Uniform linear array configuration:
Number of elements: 48
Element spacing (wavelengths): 0.5
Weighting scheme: uniform
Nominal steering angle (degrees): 60
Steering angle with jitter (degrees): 58.232
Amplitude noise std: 0.05
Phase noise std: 0.05

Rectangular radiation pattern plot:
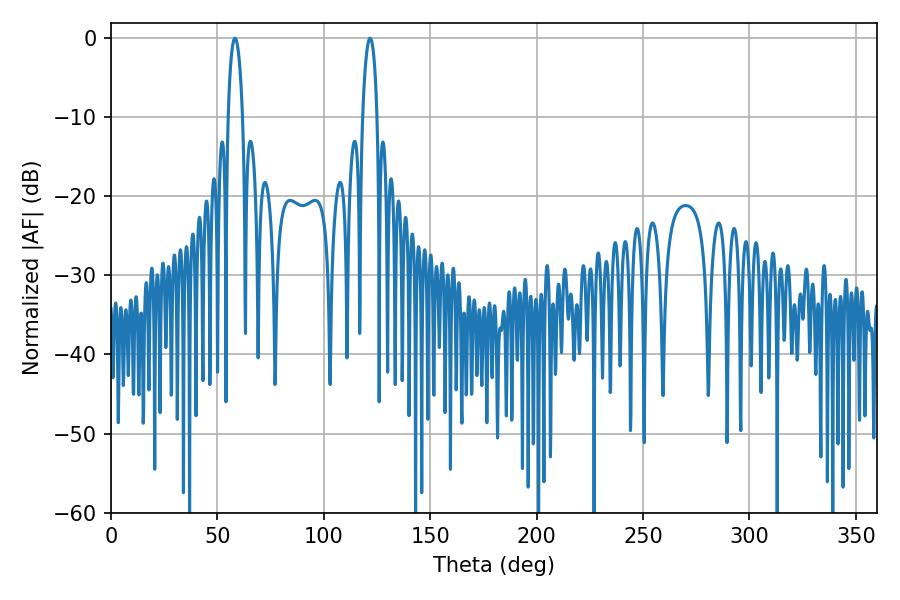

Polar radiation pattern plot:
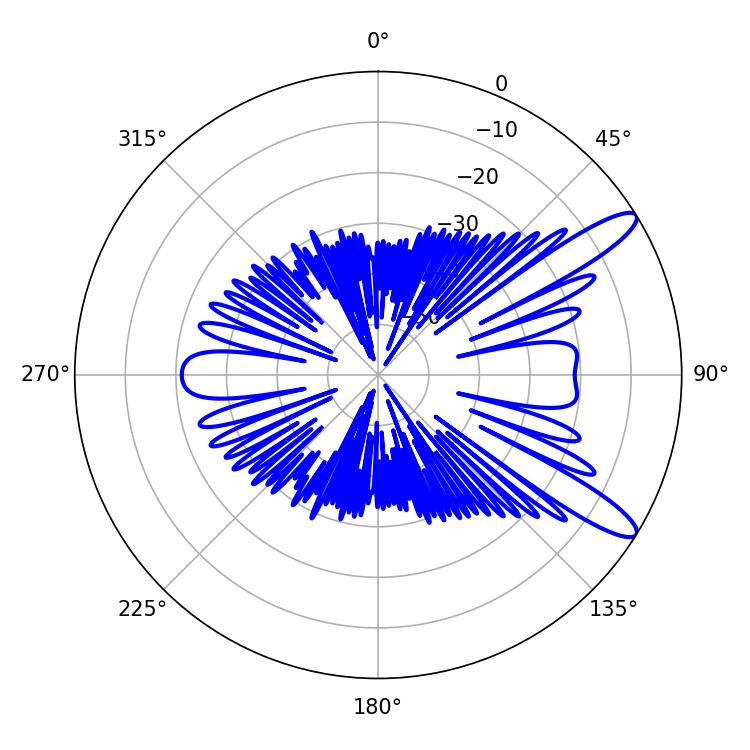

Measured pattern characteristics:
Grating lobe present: FALSE
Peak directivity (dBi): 11.798
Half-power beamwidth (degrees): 3.96
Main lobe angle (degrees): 121.68